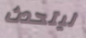
ليتحدث